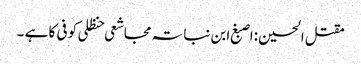
مقتل الحسین :اصبغ ابن نباتہ مجاشعی حنظلی کوفی کا ہے ۔